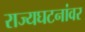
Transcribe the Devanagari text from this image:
राज्यघटनांवर